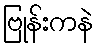
ဗြုန်းကနဲ